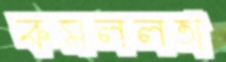
কমললতা